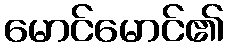
မောင်မောင်၏